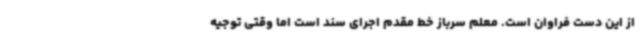
از این دست فراوان است. معلم سرباز خط مقدم اجرای سند است اما وقتی توجیه